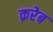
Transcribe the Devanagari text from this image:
क़रेब